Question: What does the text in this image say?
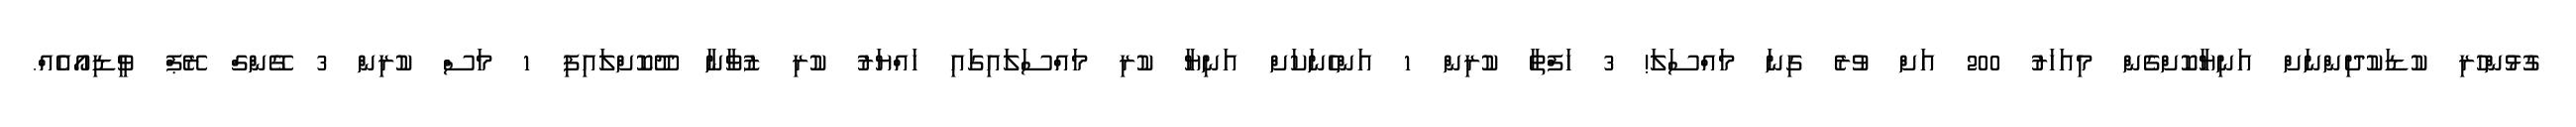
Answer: ގުޅުންހުރި ކުޑަކުދިންނަށް އަނިޔާކޮށްގެން މިއަހަރު 200 އަށް ވުރެ ގިނަ މައްސަލަ! 3 ހަފްތާ ކުރިން 1 އަންހެނަކަށް އަނިޔާ ކުރި މައްސަލައިގައި ހައްޔަރު ކުރި ޒުވާނާ ދޫކޮށްލައިފި 1 މަސް ކުރިން 3 ގޭންގް ރޭޕް ވީޑިއޯއެއް.